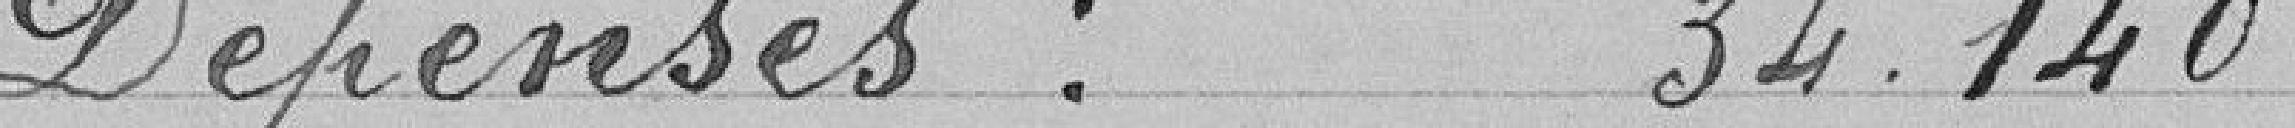
Dépenses : 34.140